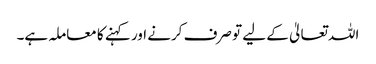
اللہ تعالیٰ کے لیے تو صرف کرنے اور کہنے کا معاملہ ہے۔